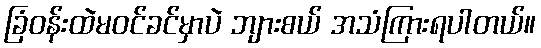
ခြံဝန်းထဲမဝင်ခင်မှာပဲ ဘျားစယ် အသံကြားရပါတယ်။